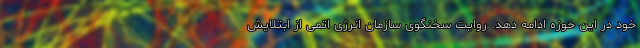
خود در این حوزه ادامه دهد. روایت سخنگوی سازمان انرژی اتمی از ابتلایش